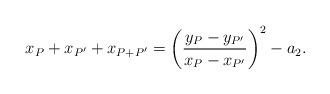
LaTeX: \begin{align*}x_P+x_{P'}+x_{P+P'}=\left( \frac{y_P-y_{P'}}{x_P-x_{P'}} \right)^2 -a_2.\end{align*}